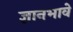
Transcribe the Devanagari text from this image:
ज्ञानभावे